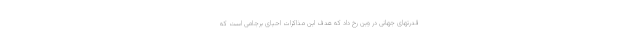
قدرتهای جهانی در وین رخ داد که هدف این مذاکرات احیای برجامی است که